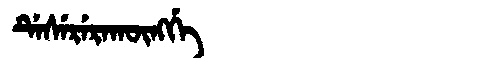
Manchu: ᡩᡝᠰᡝᡵᡝᡵᠠᡴᡡᠩᡤᡝ
Romanization: DESERERAKŪNGGE